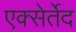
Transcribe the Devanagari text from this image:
एक्सेर्तेद